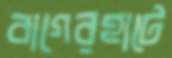
বাগেরহাটে